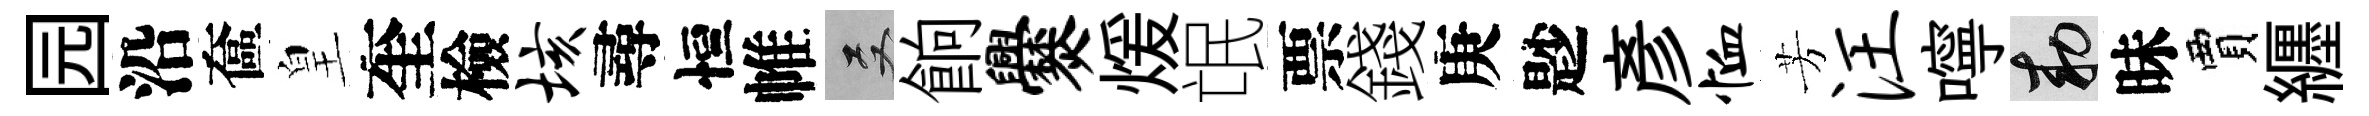
园沿奩皇奎檢垓尋恒帷双餉爨煖氓票錢庚尟彥恤芳汪嚀敕昧賈纒